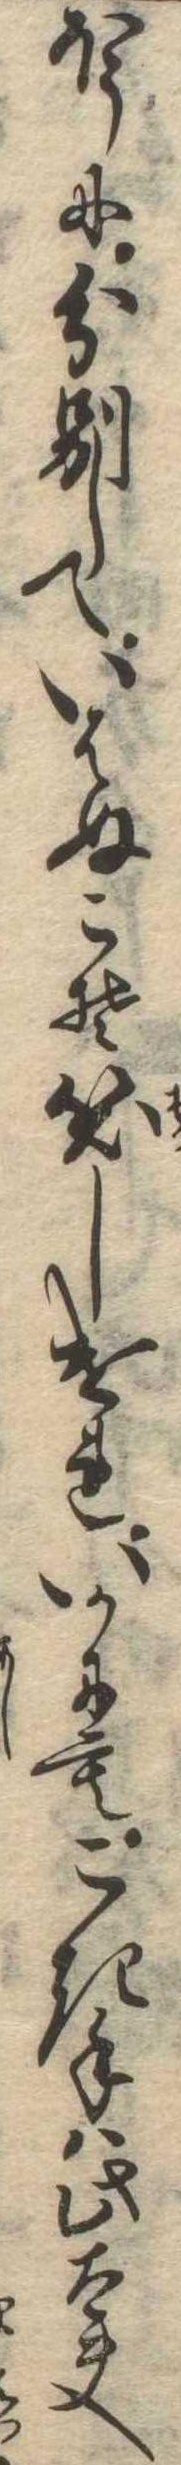
ほうに分別していはぬこそ笑しけれいかにもこき手は此太夫